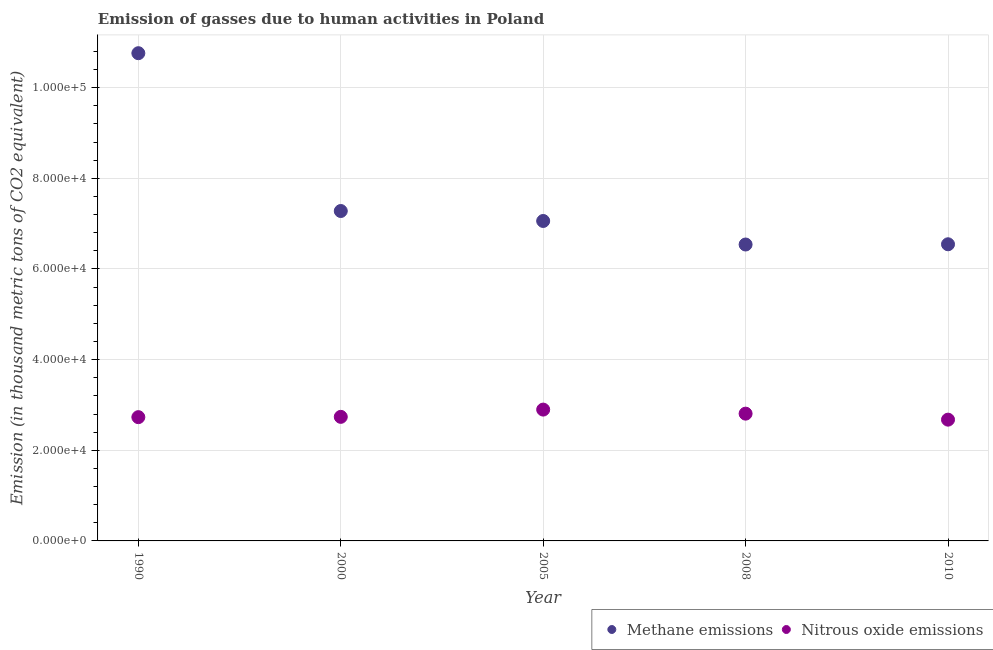
| Year | Methane emissions | Nitrous oxide emissions |
 | --- | --- | --- |
 | 1990 | 1.08e+05 | 2.73e+04 |
 | 2000 | 7.28e+04 | 2.74e+04 |
 | 2005 | 7.06e+04 | 2.9e+04 |
 | 2008 | 6.54e+04 | 2.81e+04 |
 | 2010 | 6.55e+04 | 2.68e+04 |